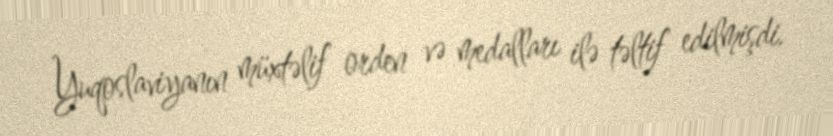
Yuqoslaviyanın müxtəlif orden və medalları ilə təltif edilmişdi.